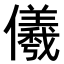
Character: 𭀋